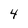
Character: 4